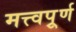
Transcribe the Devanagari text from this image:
मत्त्वपूर्र्ण